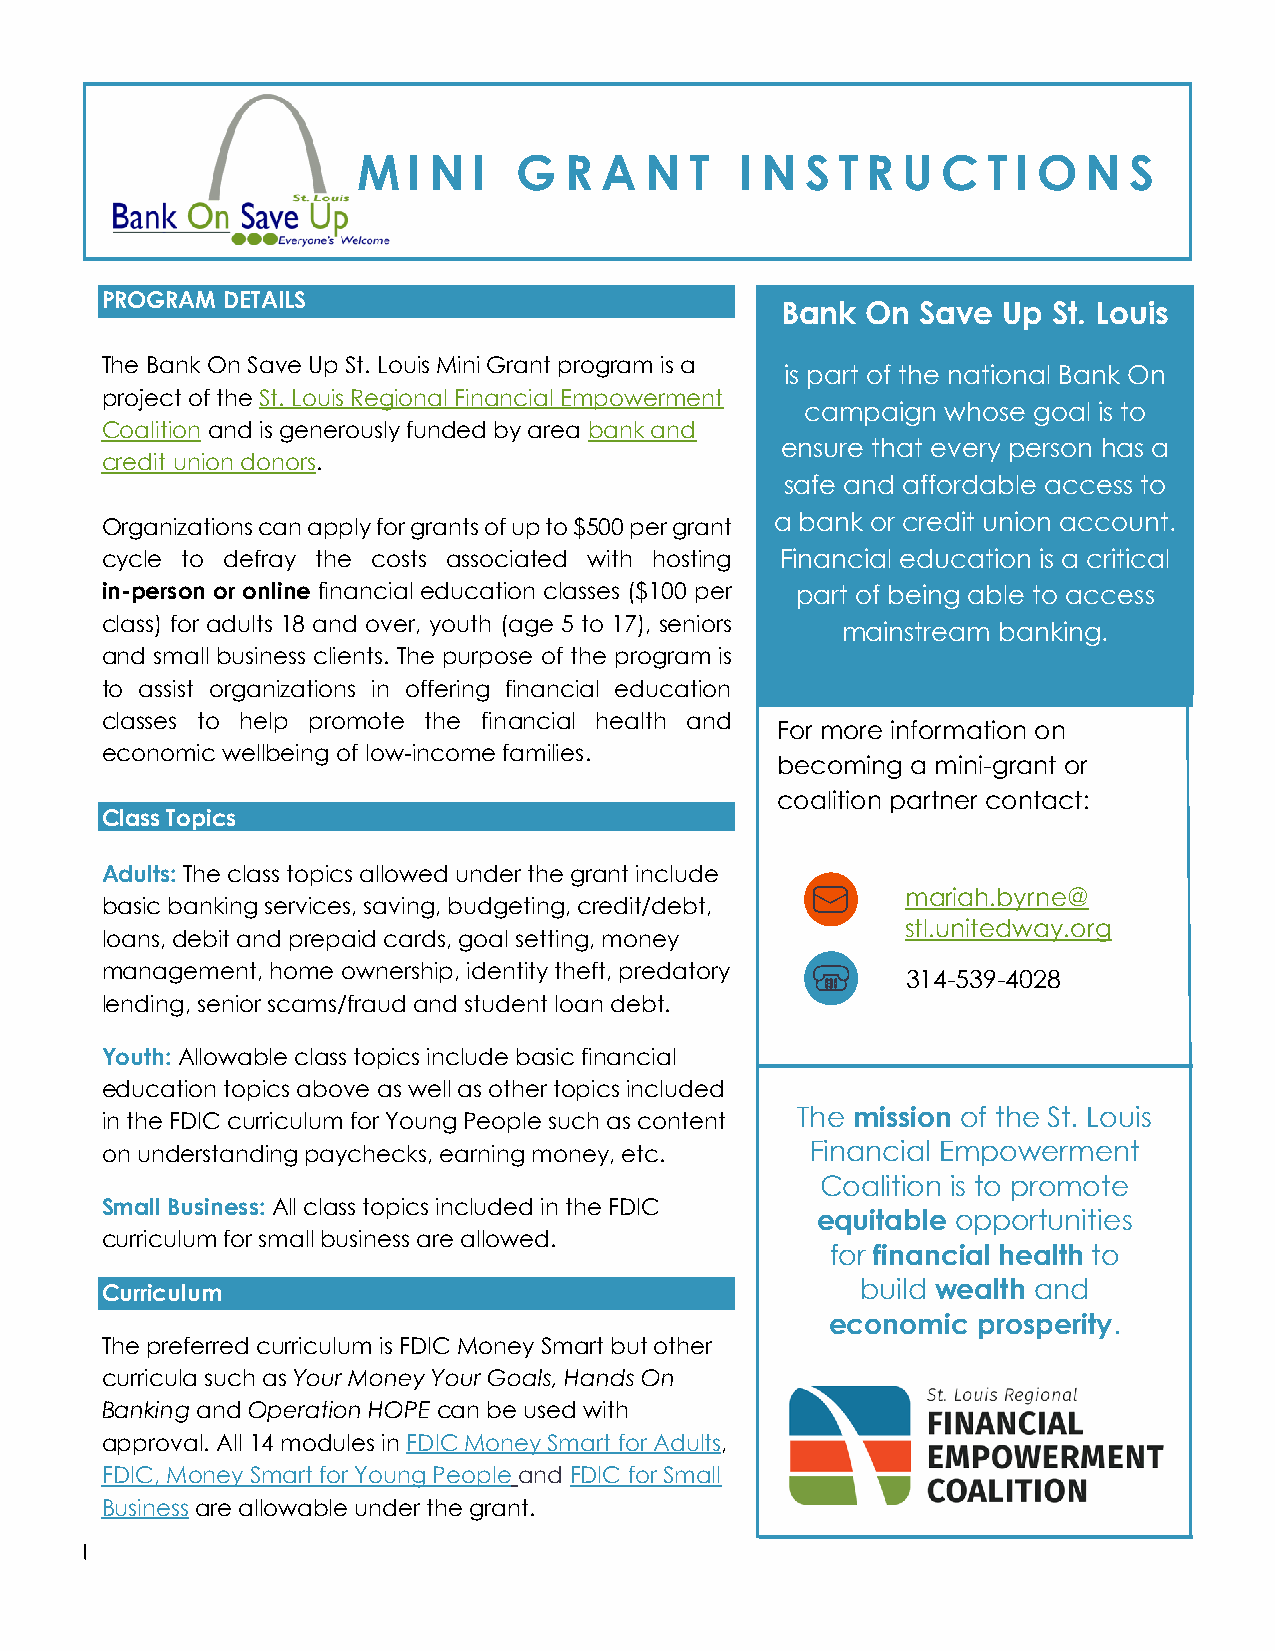
M  I N I  G  R  A  N  T  I N S T R  U C  T I O  N  S
 PROGRAM DETAILS
 Bank On  Save Up  St. Louis
 The Bank On Save Up St. Louis Mini Grant program is a
 is part of the national Bank On
 project of the St. Louis Regional Financial Empowerment
 campaign  whose goal is to
 Coalition and is generously funded by area bank and
 ensure that eve ry person has a
 credit union donors.
 safe and affordable access to
 a bank or credit union account.
 Organizations can apply for grants of up to $500 per grant
 cycle to defray the costs associated with hosting F i n a ncial education is a critical
 in-person or online financial education classes ($100 per part of being able to access
 class) for adults 18 and over, youth (age 5 to 17), seniors
 mainstream banking.
 and small business clients. The purpose of the program is
 to assist organizations in offering financial education
 classes to help promote the financial health and
 For more information on
 economic wellbeing of low-income families.
 becoming a mini-grant or
 co alition partner contact:
 Class Topics
 Adults: The class topics allowed under the grant include
 mariah.byrne@
 basic banking services, saving, budgeting, credit/debt,
 stl.unitedway.org
 loans, debit and prepaid cards, goal setting, money
 management, home ownership, identity theft, predatory
 314-539-4028
 lending, senior scams/fraud and student loan debt.
 Youth: Allowable class topics include basic financial
 education topics above as well as other topics included
 The mission of the St. Louis
 in the FDIC curriculum for Young People such as content
 on understanding paychecks, earning money, etc. Financial Empowerment
 Coalition is to promote
 Small Business: All class topics included in the FDIC
 equitable opportunities
 curriculum for small business are allowed.
 for financial health to
 Curriculum                                        build wealth and
 economic  prosperity.
 The preferred curriculum is FDIC Money Smart but other
 curricula such as Your Money Your Goals, Hands On
 Banking and Operation HOPE can be used with
 approval. All 14 modules in FDIC Money Smart for Adults,
 FDIC, Money Smart for Young People and FDIC for Small
 Business are allowable under the grant.
 Use of Grant Funds